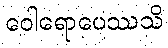
ဝေါရောပေဿသိ